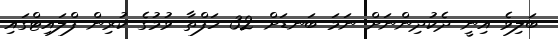
ބަލިވެ އިނީ ދެކުދިންނަށް ނަމަ ބަނޑަށް 32 ހަފްތާ ވުމުގެ ކުރިން ފްލައިޓްގައި